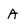
Character: A